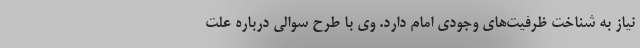
نیاز به شناخت ظرفیت‌های وجودی امام دارد. وی با طرح سوالی درباره علت